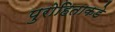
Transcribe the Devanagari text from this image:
पुरोहिताकडे